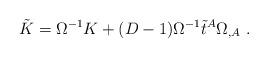
LaTeX: \begin{align*}\tilde{K} = \Omega^{-1} K + (D-1)\Omega^{-1} \tilde{t}^A \Omega_{,A} \ .\end{align*}